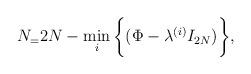
LaTeX: \begin{align*}N_ = 2N- \min_i\bigg\{ (\Phi - \lambda^{(i)} I_{2N}) \bigg\},\end{align*}